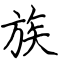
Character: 族